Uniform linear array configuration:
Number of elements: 32
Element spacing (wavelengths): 1
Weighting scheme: blackman
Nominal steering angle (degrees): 0
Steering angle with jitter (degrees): -1.71
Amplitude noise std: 0.05
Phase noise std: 0.05

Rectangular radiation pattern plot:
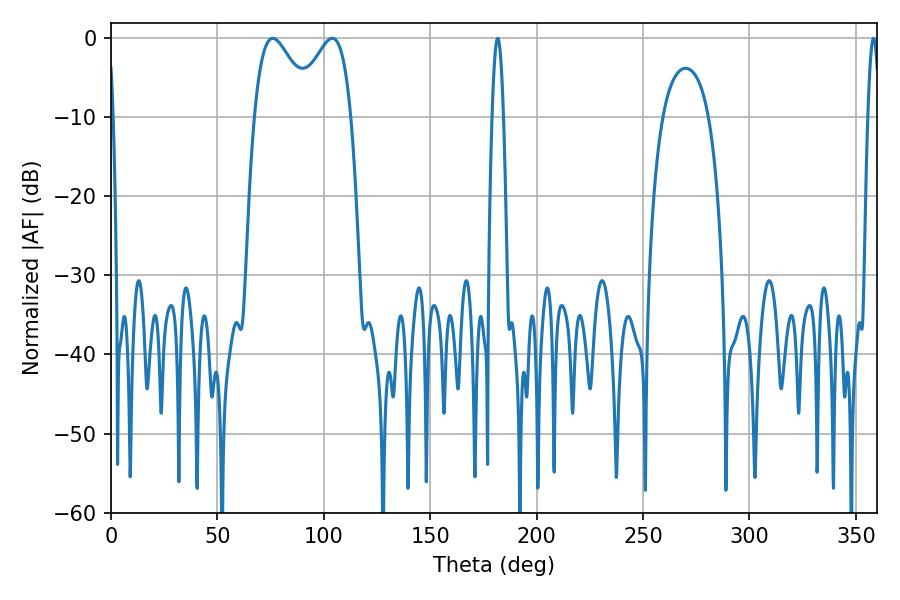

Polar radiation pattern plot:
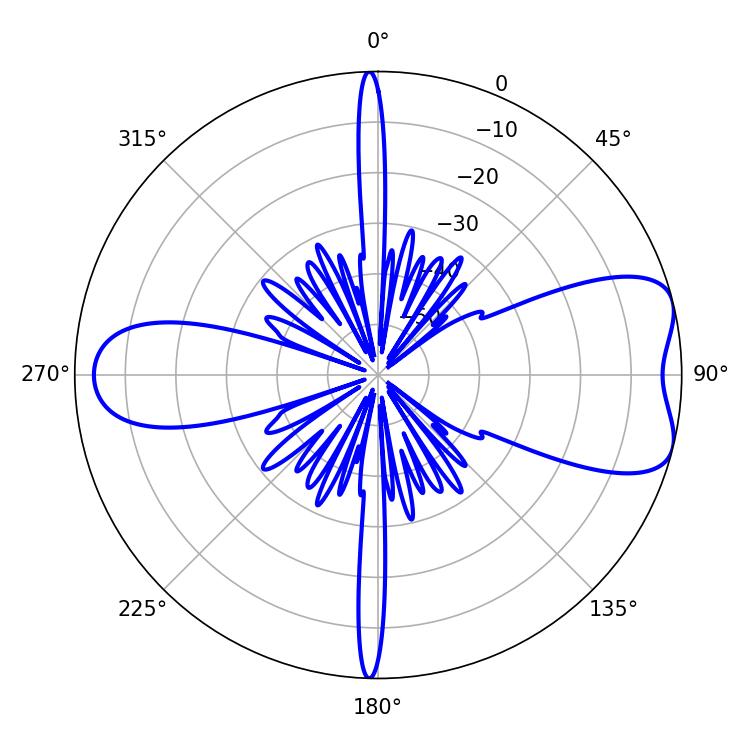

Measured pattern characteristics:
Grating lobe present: TRUE
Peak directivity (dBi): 7.218
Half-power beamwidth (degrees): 14.58
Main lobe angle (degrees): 75.96